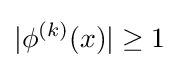
|\phi ^{(k)}(x)|\geq 1